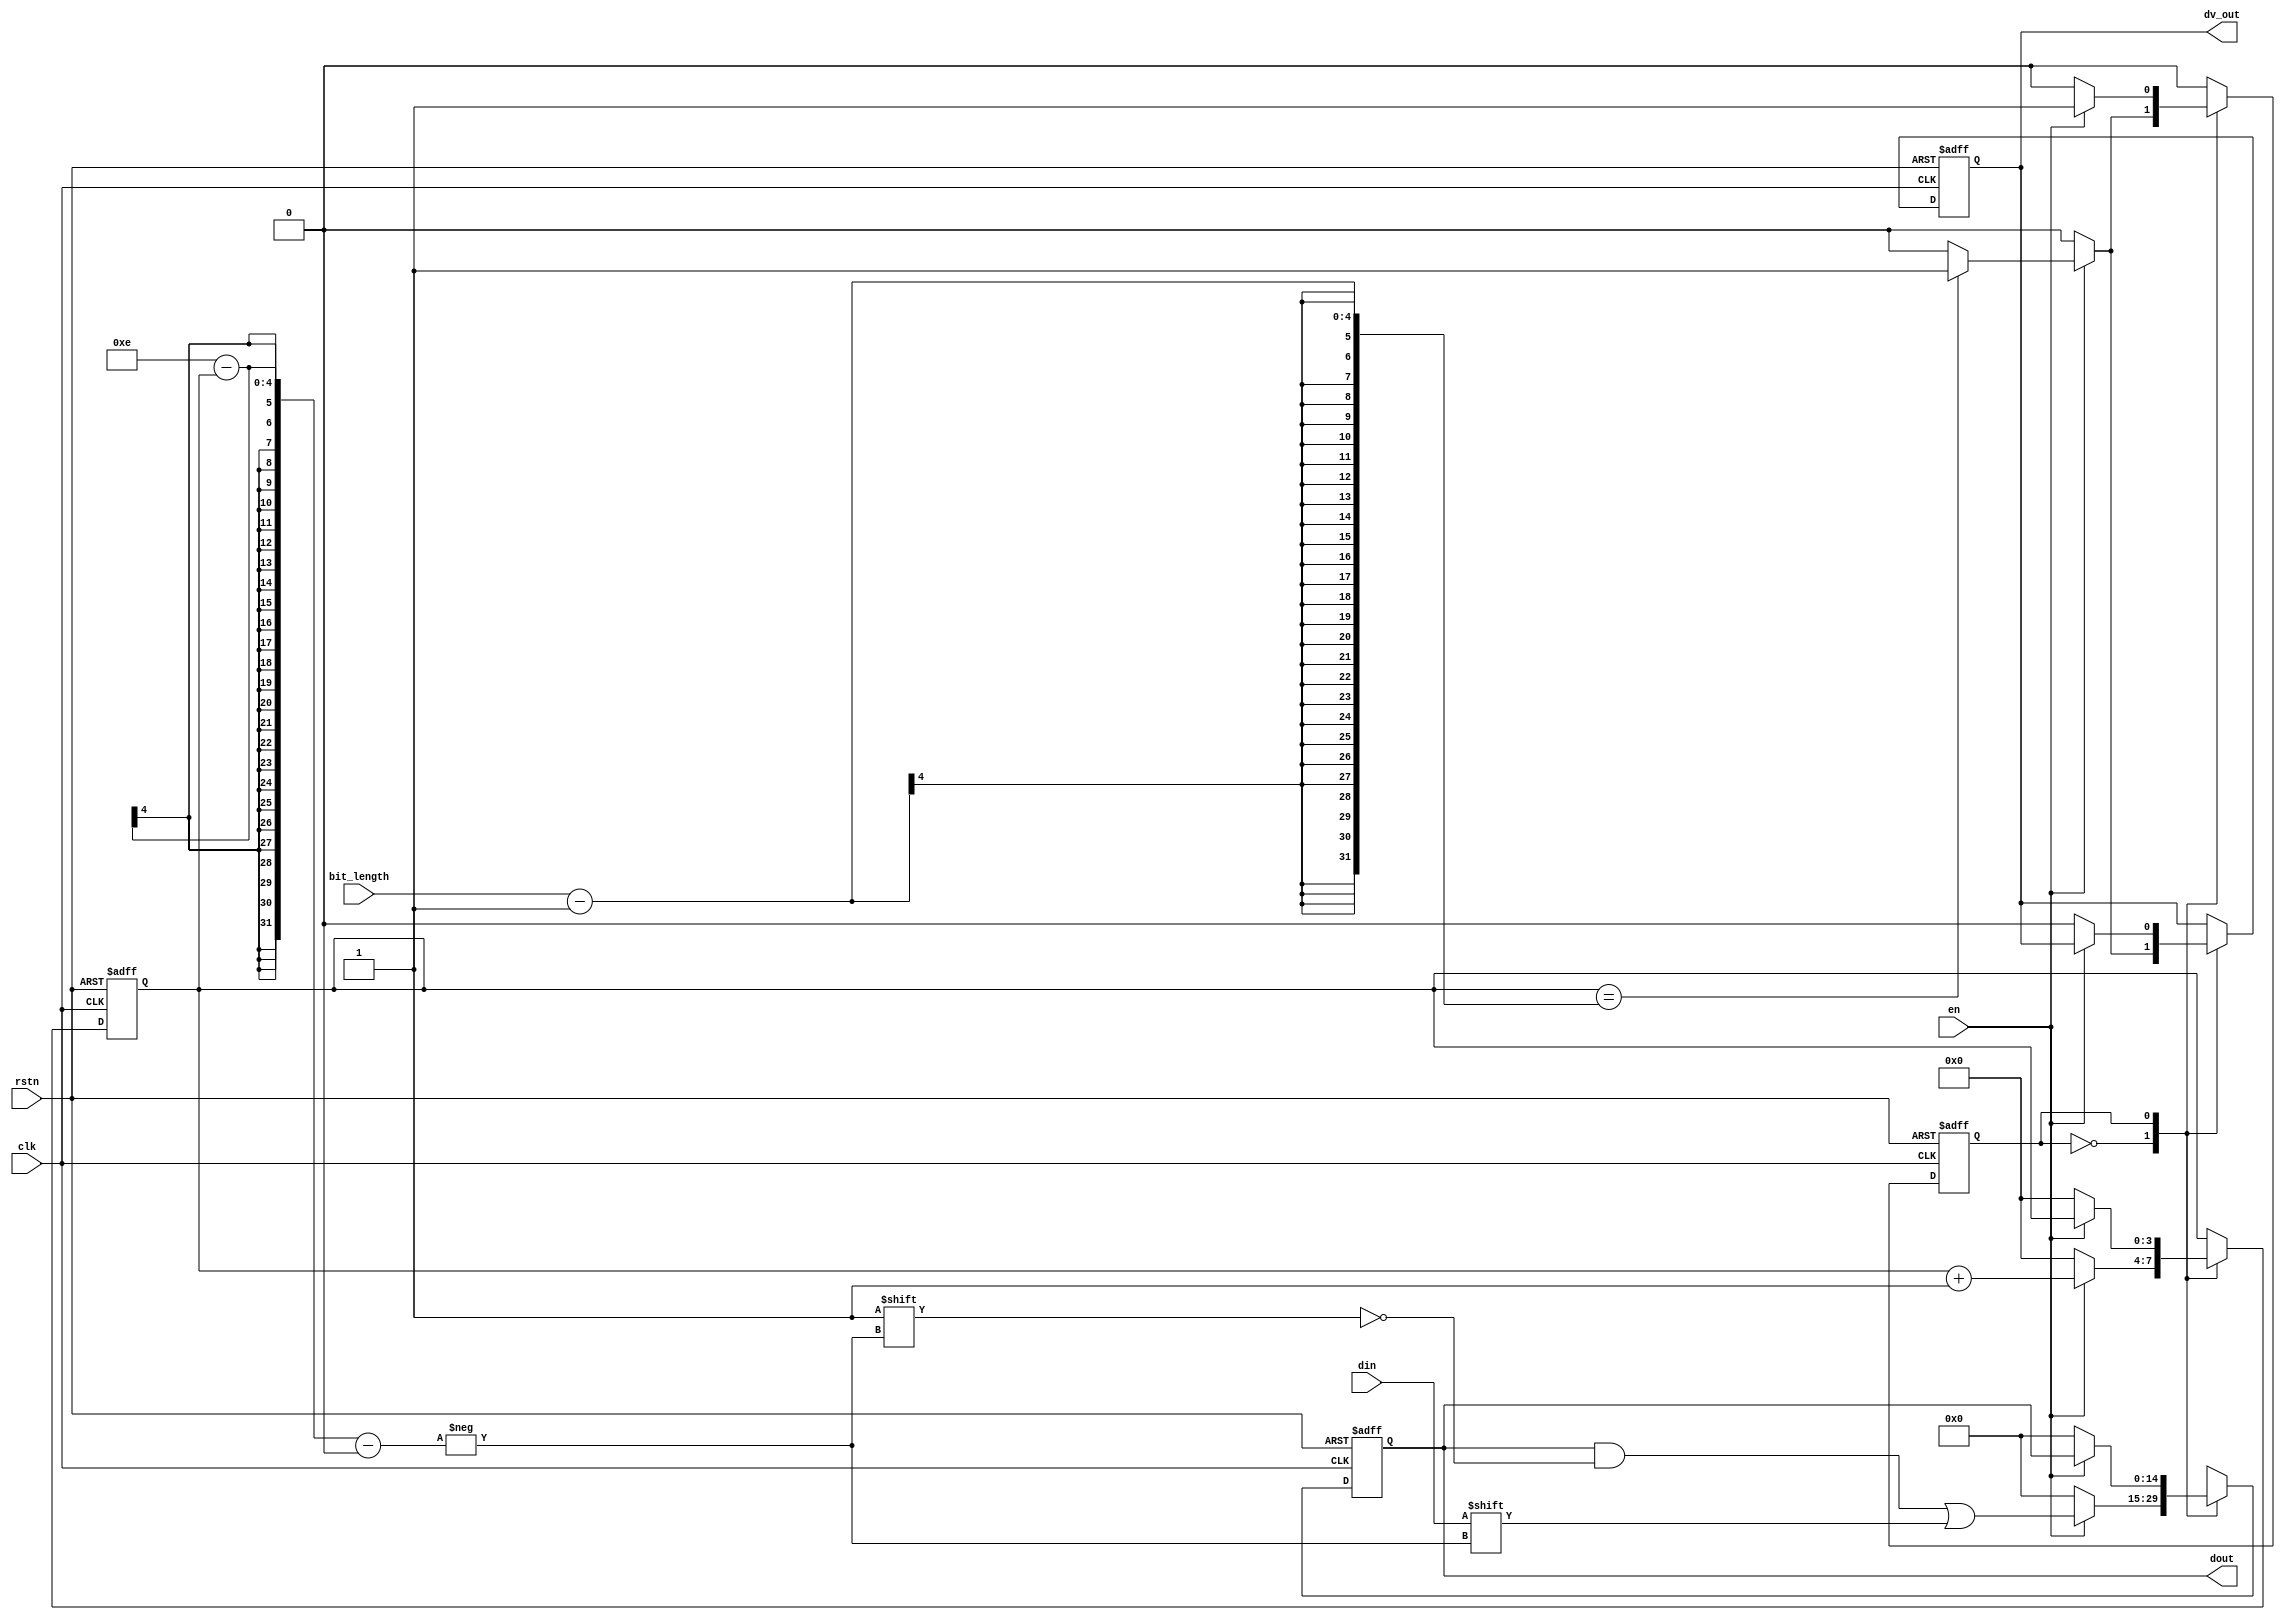
/*
Module name  : serial_parallel.v
Author 	     : W.M.R.R.Wickramasinghe
Date Modified: 01/06/2019
Organization : ABruTECH
Description  : Serial to parallel data converter module
*/

module serial_parallel(
    clk,
    rstn,
    din,
    dout,
    dv_out,
    bit_length,
    en
);

// Parameters
parameter PORT_WIDTH    = 15;//Parallel port width
parameter EXTRACT_LNGTH = 4; //bit_length port size
parameter STATE_BW      = 1; //BITWIDTH to accommodate the STATE

// Port declaration
input                           clk;
input                           rstn;
input                           din;
input  wire [EXTRACT_LNGTH-1:0] bit_length;
input                           en;
output reg                      dv_out = 1'b0;
output reg [PORT_WIDTH-1:0]     dout;

// Internal registers and wires
reg [EXTRACT_LNGTH-1:0] counter = {EXTRACT_LNGTH{1'b0}};
reg [STATE_BW-1:0]      STATE   = {STATE_BW{1'b0}}; 

// STATES
localparam IDLE = 1'b0;
localparam DONE = 1'b1;

always@(posedge clk,negedge rstn)
begin
    if(~rstn)
    begin
        dout    <= {PORT_WIDTH{1'b0}};
        counter <= {EXTRACT_LNGTH{1'b0}};
        dv_out  <= 1'b0;
        STATE   <= {STATE_BW{1'b0}};
    end else begin
        case(STATE)
            IDLE:
            begin
                if(~en)
                begin
                    dout    <= {PORT_WIDTH{1'b0}};
                    counter <= {EXTRACT_LNGTH{1'b0}};
                    dv_out  <= 1'b0;
                    STATE   <= IDLE;
                end else begin
                    dout[(PORT_WIDTH-1)-counter] <= din;
                    counter       <= counter+1'b1;
                    if(counter == bit_length-1)
                    begin
                        dv_out  <= 1'b1;
                        STATE   <= DONE;
                    end else begin
                        dv_out  <= 1'b0;
                        STATE   <= IDLE;
                    end
                end
            end
            DONE:
            begin
                if(~en)
                begin
                    dout    <= {PORT_WIDTH{1'b0}};
                    counter <= {EXTRACT_LNGTH{1'b0}};
                    dv_out  <= 1'b0;
                    STATE   <= IDLE;
                end
            end
            default: STATE <= IDLE;
        endcase
    end
end 
endmodule